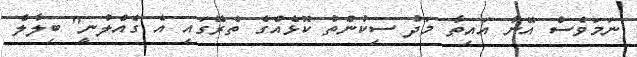
ނަމަވެސް އޭނާ އައިތާ މަދު ސިކުންތު ކޮޅެއްގެ ތެރޭގައި އެ ގެއްލުނީ" ބިލާލް